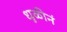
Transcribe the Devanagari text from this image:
धुळीनं